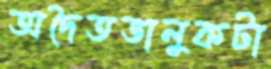
অদৈতভালুকটা